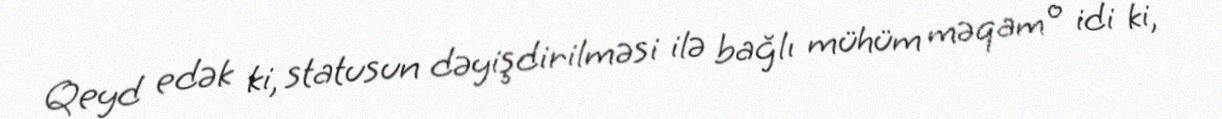
Qeyd edək ki, statusun dəyişdirilməsi ilə bağlı mühüm məqam o idi ki,